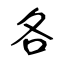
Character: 各